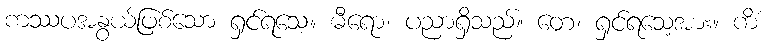
ကဿပအနွယ်ဖြစ်သော ရှင်ရသေ့။ ဓီရော၊ ပညာရှိသည်။ တေ၊ ရှင်ရသေ့အား။ ကိံ